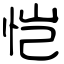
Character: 恺